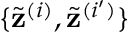
\{ \tilde { \mathbf { z } } ^ { ( i ) } , \tilde { \mathbf { z } } ^ { ( i ^ { \prime } ) } \}